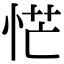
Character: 恾